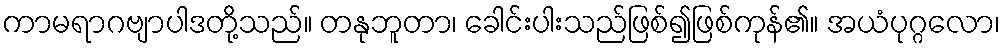
ကာမရာဂဗျာပါဒတို့သည်။ တနုဘူတာ၊ ခေါင်းပါးသည်ဖြစ်၍ဖြစ်ကုန်၏။ အယံပုဂ္ဂလော၊